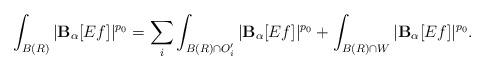
LaTeX: \begin{align*}\int_{B(R)} |\mathbf{B}_\alpha [Ef]|^{p_0} = \sum_i \int_{B(R) \cap O_i'} |\mathbf{B}_\alpha [Ef]|^{p_0} + \int_{B(R) \cap W} |\mathbf{B}_\alpha [Ef]|^{p_0}.\end{align*}